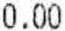
0.00